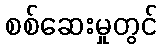
စစ်ဆေးမှုတွင်